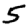
Digit: 5